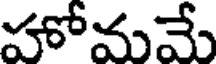
హోమమే